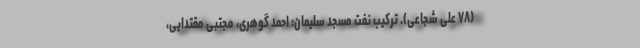
(٧٨ علی شجاعی). ترکیب نفت مسجد سلیمان: احمد گوهری، مجتبی مقتدایی،